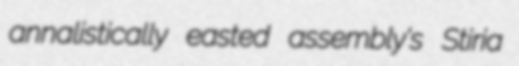
annalistically easted assembly's Stiria